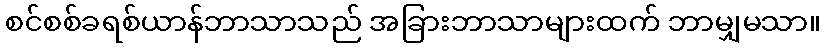
စင်စစ်ခရစ်ယာန်ဘာသာသည် အခြားဘာသာများထက် ဘာမျှမသာ။